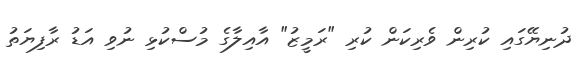
ދުނިޔޭގައި ކުރިން ވެރިކަން ކުރި "ރަމީޒު" އާއިލާގެ މުސްކުޅި ނުވި އަޑު ރާފިޔަތު